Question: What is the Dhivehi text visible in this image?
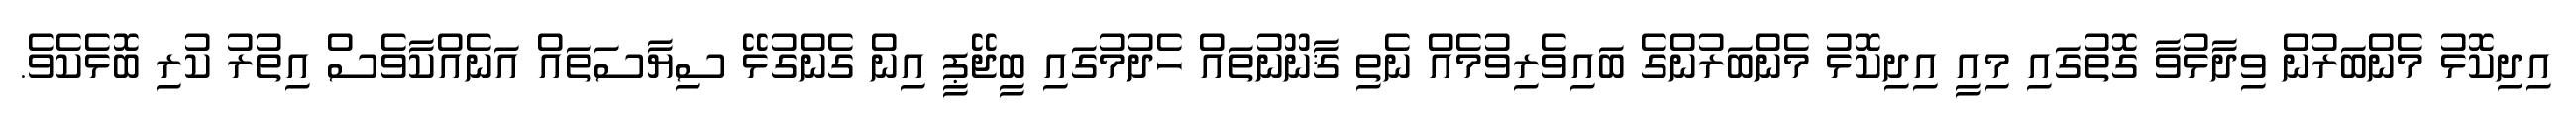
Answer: އިދިކޮޅު މެންބަރުން ވިދާޅުވާ ގޮތުގައި މިއީ އިދިކޮޅު މެންބަރުންގެ ބައިވެރިވުމެއް ނެތި ޤާނޫނުތައް ހެދުމުގައި ބީޖޭޕީ އިން ގެންގުޅޭ ސިޔާސަތައް އަނެއްކާވެސް އިތުރު ކުރި ބޮޅެކެވެ.